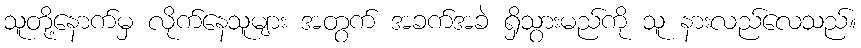
သူတို့နောက်မှ လိုက်နေသူများ အတွက် အခက်အခဲ ရှိသွားမည်ကို သူ နားလည်လေသည်။